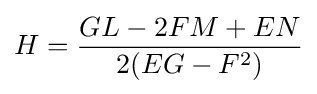
H={\frac {GL-2FM+EN}{2(EG-F^{2})}}